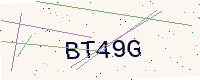
Text: BT49G